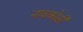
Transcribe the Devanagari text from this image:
नावकोठी